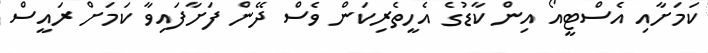
ކަމަށާއި އެސްޓީއޯ އިން ކާޑުގެ އެހީތެރިކަން ވެސް ދޭން ފަށާފައިވާ ކަމަށް ރައީސް